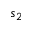
s _ { 2 }